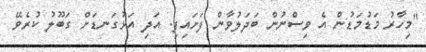
"މިހާރު މަޑުމަޑުން އެ ވިސްނުން ބަދަލުވާން ފަށައިފި. އަދި އަޅުގަނޑަށް ގަބޫލު ކުރެވޭ